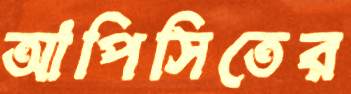
আপিসিতের